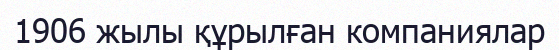
1906 жылы құрылған компаниялар